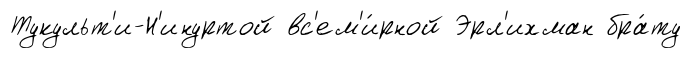
Тукульт'и-Н'инуртой вс'ем'и́рной Эрл'ихман бра́ту